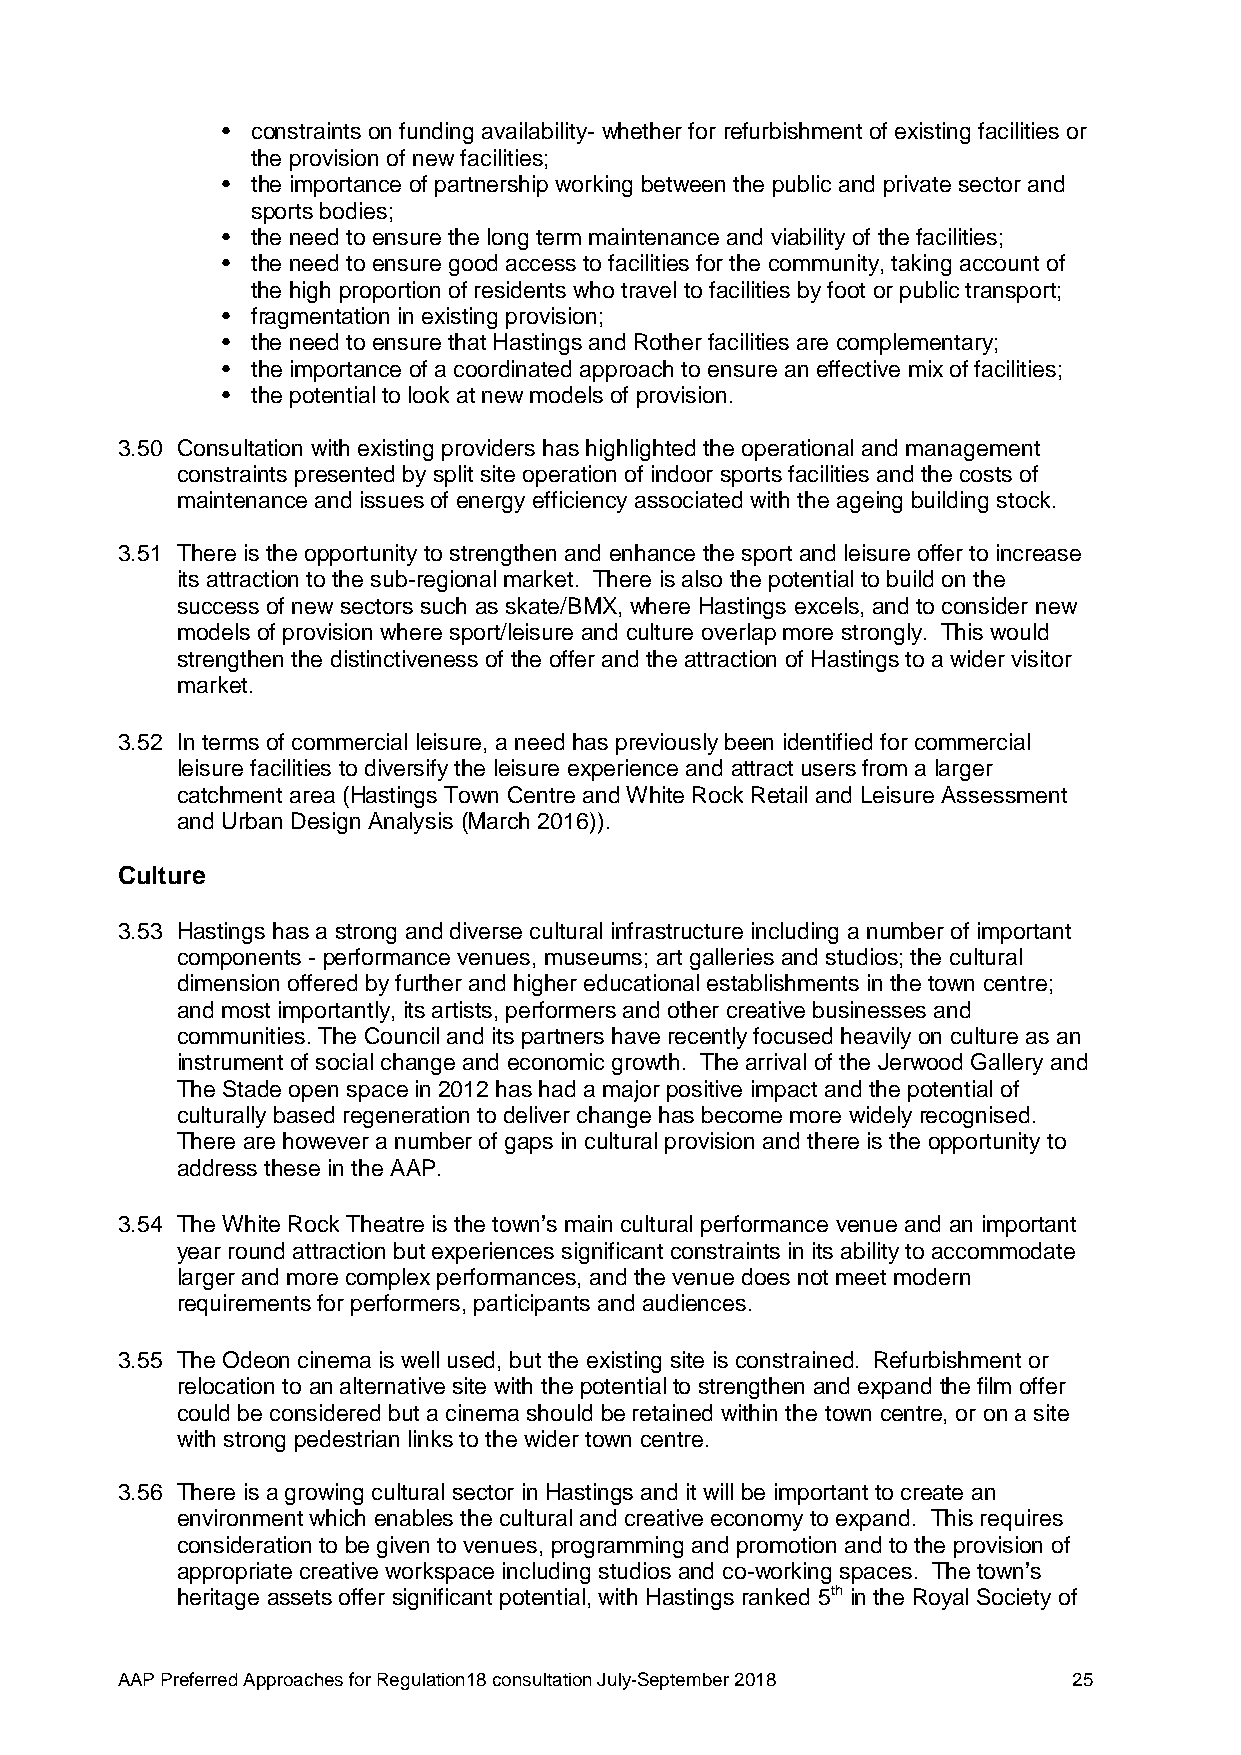
• constraints on funding availability- whether for refurbishment of existing facilities or
 the provision of new facilities;
 • the importance of partnership working between the public and private sector and
 sports bodies;
 • the need to ensure the long term maintenance and viability of the facilities;
 • the need to ensure good access to facilities for the community, taking account of
 the high proportion of residents who travel to facilities by foot or public transport;
 • fragmentation in existing provision;
 • the need to ensure that Hastings and Rother facilities are complementary;
 • the importance of a coordinated approach to ensure an effective mix of facilities;
 • the potential to look at new models of provision.
 3.50 Consultation with existing providers has highlighted the operational and management
 constraints presented by split site operation of indoor sports facilities and the costs of
 maintenance and issues of energy efficiency associated with the ageing building stock.
 3.51 There is the opportunity to strengthen and enhance the sport and leisure offer to increase
 its attraction to the sub-regional market. There is also the potential to build on the
 success of new sectors such as skate/BMX, where Hastings excels, and to consider new
 models of provision where sport/leisure and culture overlap more strongly. This would
 strengthen the distinctiveness of the offer and the attraction of Hastings to a wider visitor
 market.
 3.52 In terms of commercial leisure, a need has previously been identified for commercial
 leisure facilities to diversify the leisure experience and attract users from a larger
 catchment area (Hastings Town Centre and White Rock Retail and Leisure Assessment
 and Urban Design Analysis (March 2016)).
 Culture
 3.53 Hastings has a strong and diverse cultural infrastructure including a number of important
 components - performance venues, museums; art galleries and studios; the cultural
 dimension offered by further and higher educational establishments in the town centre;
 and most importantly, its artists, performers and other creative businesses and
 communities. The Council and its partners have recently focused heavily on culture as an
 instrument of social change and economic growth. The arrival of the Jerwood Gallery and
 The Stade open space in 2012 has had a major positive impact and the potential of
 culturally based regeneration to deliver change has become more widely recognised.
 There are however a number of gaps in cultural provision and there is the opportunity to
 address these in the AAP.
 3.54 The White Rock Theatre is the town’s main cultural performance venue and an important
 year round attraction but experiences significant constraints in its ability to accommodate
 larger and more complex performances, and the venue does not meet modern
 requirements for performers, participants and audiences.
 3.55 The Odeon cinema is well used, but the existing site is constrained. Refurbishment or
 relocation to an alternative site with the potential to strengthen and expand the film offer
 could be considered but a cinema should be retained within the town centre, or on a site
 with strong pedestrian links to the wider town centre.
 3.56 There is a growing cultural sector in Hastings and it will be important to create an
 environment which enables the cultural and creative economy to expand. This requires
 consideration to be given to venues, programming and promotion and to the provision of
 appropriate creative workspace including studios and co-working spaces. The town’s
 heritage assets offer significant potential, with Hastings ranked 5th in the Royal Society of
 AAP Preferred Approaches for Regulation18 consultation July-September 2018 25